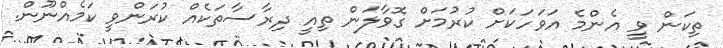
ތިކަން ވީ އެންމެ އަވަހަކަށް ކުރުމަށް ގޮވާލަން ތިއީ ދިރާސާތަކެއް ކުރަންވީ ކަމެއްނޫން.